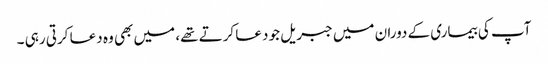
آپ کی بیماری کے دوران میں جبریل جو دعا کرتے تھے، میں بھی وہ دعا کرتی رہی ۔